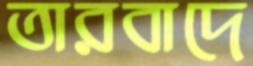
তারবাদে